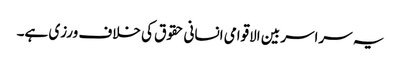
یہ سراسر بین الاقوامی انسانی حقوق کی خلاف ورزی ہے۔